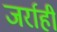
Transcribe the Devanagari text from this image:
जर्राही